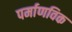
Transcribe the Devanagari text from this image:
पर्माणविक